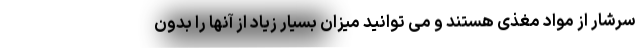
سرشار از مواد مغذی هستند و می توانید میزان بسیار زیاد از آنها را بدون